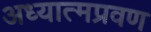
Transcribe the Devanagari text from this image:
अध्यात्मप्रवण